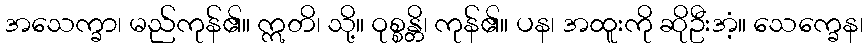
အသေက္ခာ၊ မည်ကုန်၏။ ဣတိ၊ သို့။ ဝုစ္စန္တိ၊ ကုန်၏။ ပန၊ အထူးကို ဆိုဦးအံ့။ သေက္ခေန၊